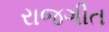
રાજગીત